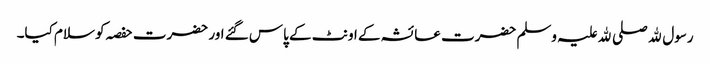
رسول ﷲ صلی ﷲ علیہ وسلم حضرت عائشہ کے اونٹ کے پاس گئے اور حضرت حفصہ کو سلام کیا۔